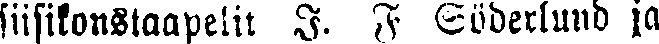
siisikonstaapelit I. F Söderlund ja